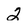
Character: 2